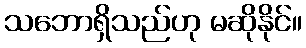
သဘောရှိသည်ဟု မဆိုနိုင်။